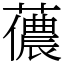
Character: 𧁓